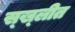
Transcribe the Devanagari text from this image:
स्ख्लीत